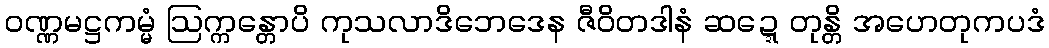
ဝဏ္ဏမဋ္ဌကမ္မံ ဩက္ကန္တောပိ ကုသလာဒိဘေဒေန ဇီဝိတဒါနံ ဆဍ္ဍေတုန္တိ အဟေတုကပဒံ